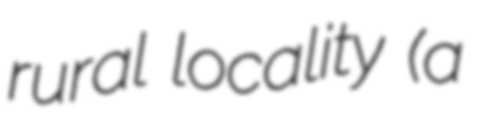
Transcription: rural locality (a